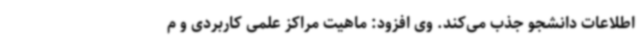
اطلاعات دانشجو جذب می‌کند. وی افزود: ماهیت مراکز علمی کاربردی و م